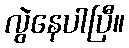
လွဲနေပါပြီ။